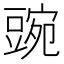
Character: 豌